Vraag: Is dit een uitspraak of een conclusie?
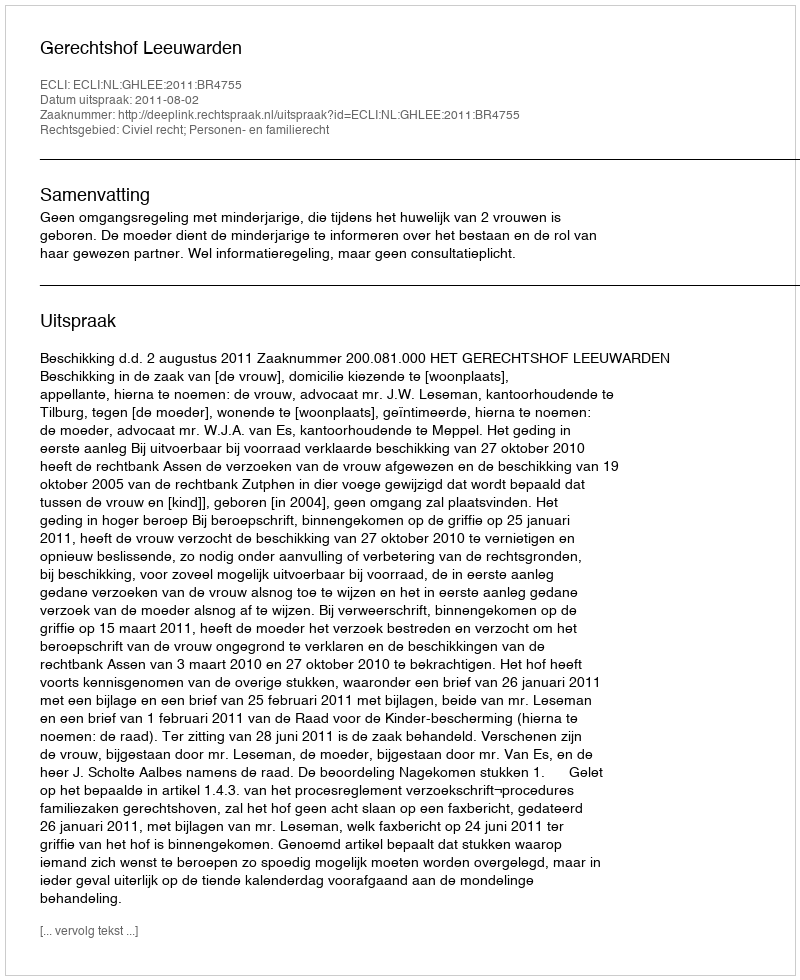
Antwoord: Uitspraak